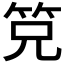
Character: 𰩴